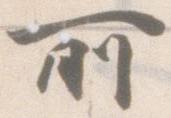
所